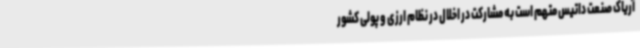
آریاک صنعت داتیس متهم است به مشارکت در اخلال در نظام ارزی و پولی کشور